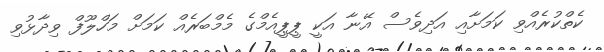
ކެތްކުރެއްވި ކަމަށާއި އަދިވެސް އޭނާ އަކީ ޕީޕީއެމްގެ މެމްބަރެއް ކަމަށް މަހްލޫފް ވިދާޅުވި